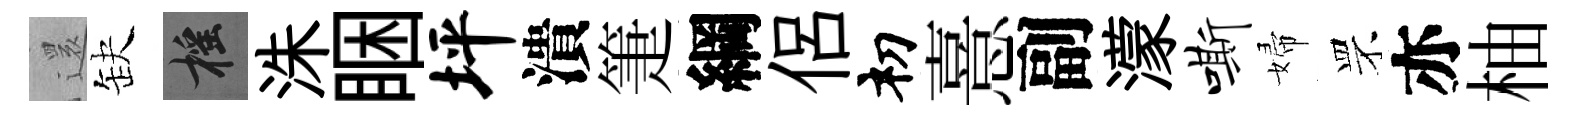
𮟃缺摇洙睏坪潰箑綱侶𥘉憙副濛嘶婦罘亦柚